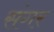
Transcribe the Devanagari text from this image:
संगर